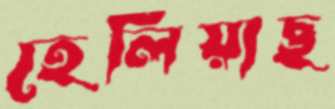
হেলিয়াছ